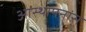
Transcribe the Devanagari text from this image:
आस्थापनांस